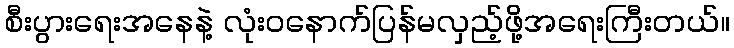
စီးပွားရေးအနေနဲ့ လုံးဝနောက်ပြန်မလှည့်ဖို့အရေးကြီးတယ်။